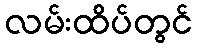
လမ်းထိပ်တွင်